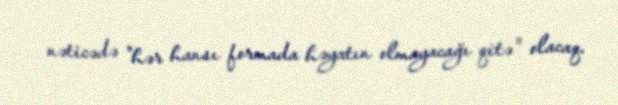
nəticədə "hər hansı formada həyatın olmayacağı qitə" olacaq.